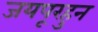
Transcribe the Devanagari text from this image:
जयपूरहुन